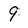
Character: 9